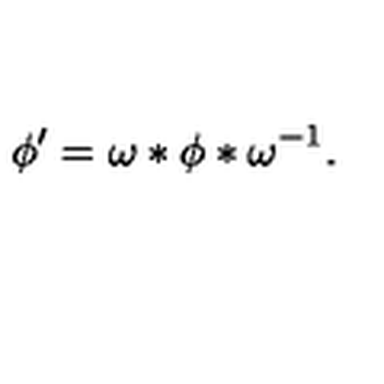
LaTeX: \phi ^ { \prime } = \omega * \phi * \omega ^ { - 1 } .